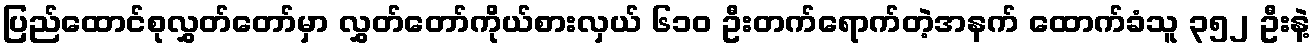
ပြည်ထောင်စုလွှတ်တော်မှာ လွှတ်တော်ကိုယ်စားလှယ် ၆၁၀ ဦးတက်ရောက်တဲ့အနက် ထောက်ခံသူ ၃၅၂ ဦးနဲ့